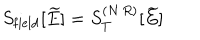
S _ { \mathrm { f i e l d } } [ \widetilde { E } ] = S _ { T } ^ { ( N \, R ) } [ \widetilde { E } ]